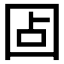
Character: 𰉏